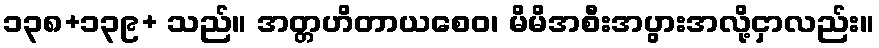
၁၃၈+၁၃၉+ သည်။ အတ္တဟိတာယစေဝ၊ မိမိအစီးအပွားအလို့ငှာလည်း။